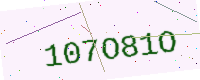
Text: 107O81O